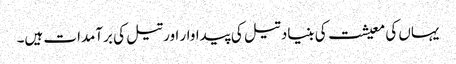
یہاں کی معیشت کی بنیاد تیل کی پیداوار اور تیل کی برآمدات ہیں۔